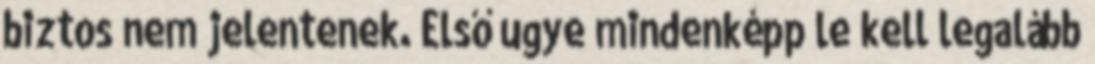
biztos nem jelentenek. Első ugye mindenképp le kell legalább